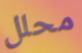
محلل